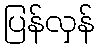
ပြန်လှန်